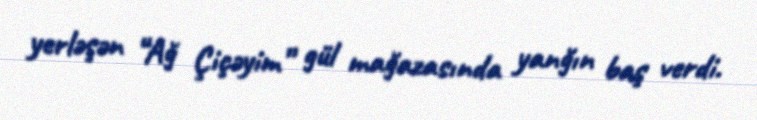
yerləşən “Ağ Çiçəyim” gül mağazasında yanğın baş verdi.